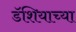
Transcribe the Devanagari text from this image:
डॅशियाच्या